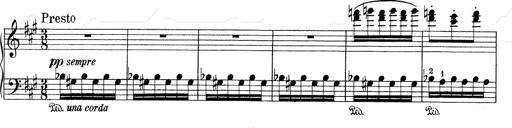
Title: Mephisto Waltz No.1
Composer: Franz Liszt